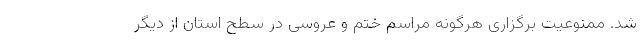
شد. ممنوعیت برگزاری هرگونه مراسم ختم و عروسی در سطح استان از دیگر